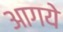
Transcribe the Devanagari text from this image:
आगये